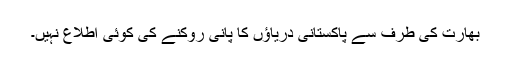
بھارت کی طرف سے پاکستانی دریاؤں کا پانی روکنے کی کوئی اطلاع نہیں۔